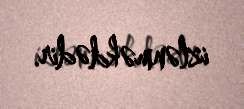
izlənməkdədir.